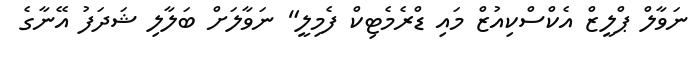
ނަވާލް ޕްލީޒް އެކްސްކިއުޒް މައި ޑްރެމެޓިކް ފެމިލީ" ނަވާލަށް ބަލާލި ޝަދަފު އޭނާގެ